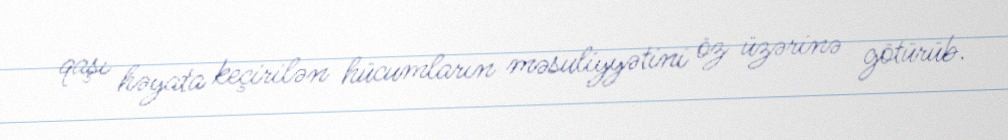
qaşı həyata keçirilən hücumların məsuliyyətini öz üzərinə götürüb.